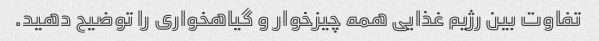
تفاوت بین رژیم غذایی همه چیزخوار و گیاهخواری را توضیح دهید.